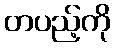
တပည့်ကို